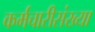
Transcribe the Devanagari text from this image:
कर्मचारीसंख्या